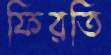
ফিরতি